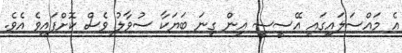
އެ މައްސަލައިގައި އޭސީސީ އިން ގިނަ ބަޔަކާ ސުވާލު ވެސް ކޮށްފައިވެ އެވެ.